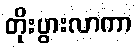
တိုးပွားလာကာ